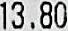
13.80